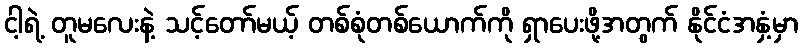
ငါ့ရဲ့ တူမလေးနဲ့ သင့်တော်မယ့် တစ်စုံတစ်ယောက်ကို ရှာပေးဖို့အတွက် နိုင်ငံအနှံ့မှာ